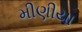
મીણીયા